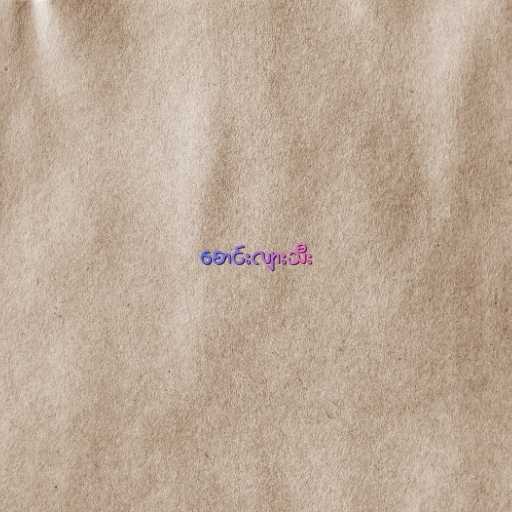
စောင်းလျားသီး